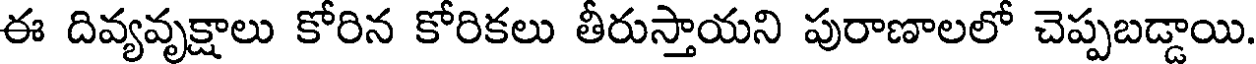
ఈ దివ్యవృక్షాలు కోరిన కోరికలు తీరుస్తాయని పురాణాలలో చెప్పబడ్డాయి